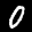
Label: 0